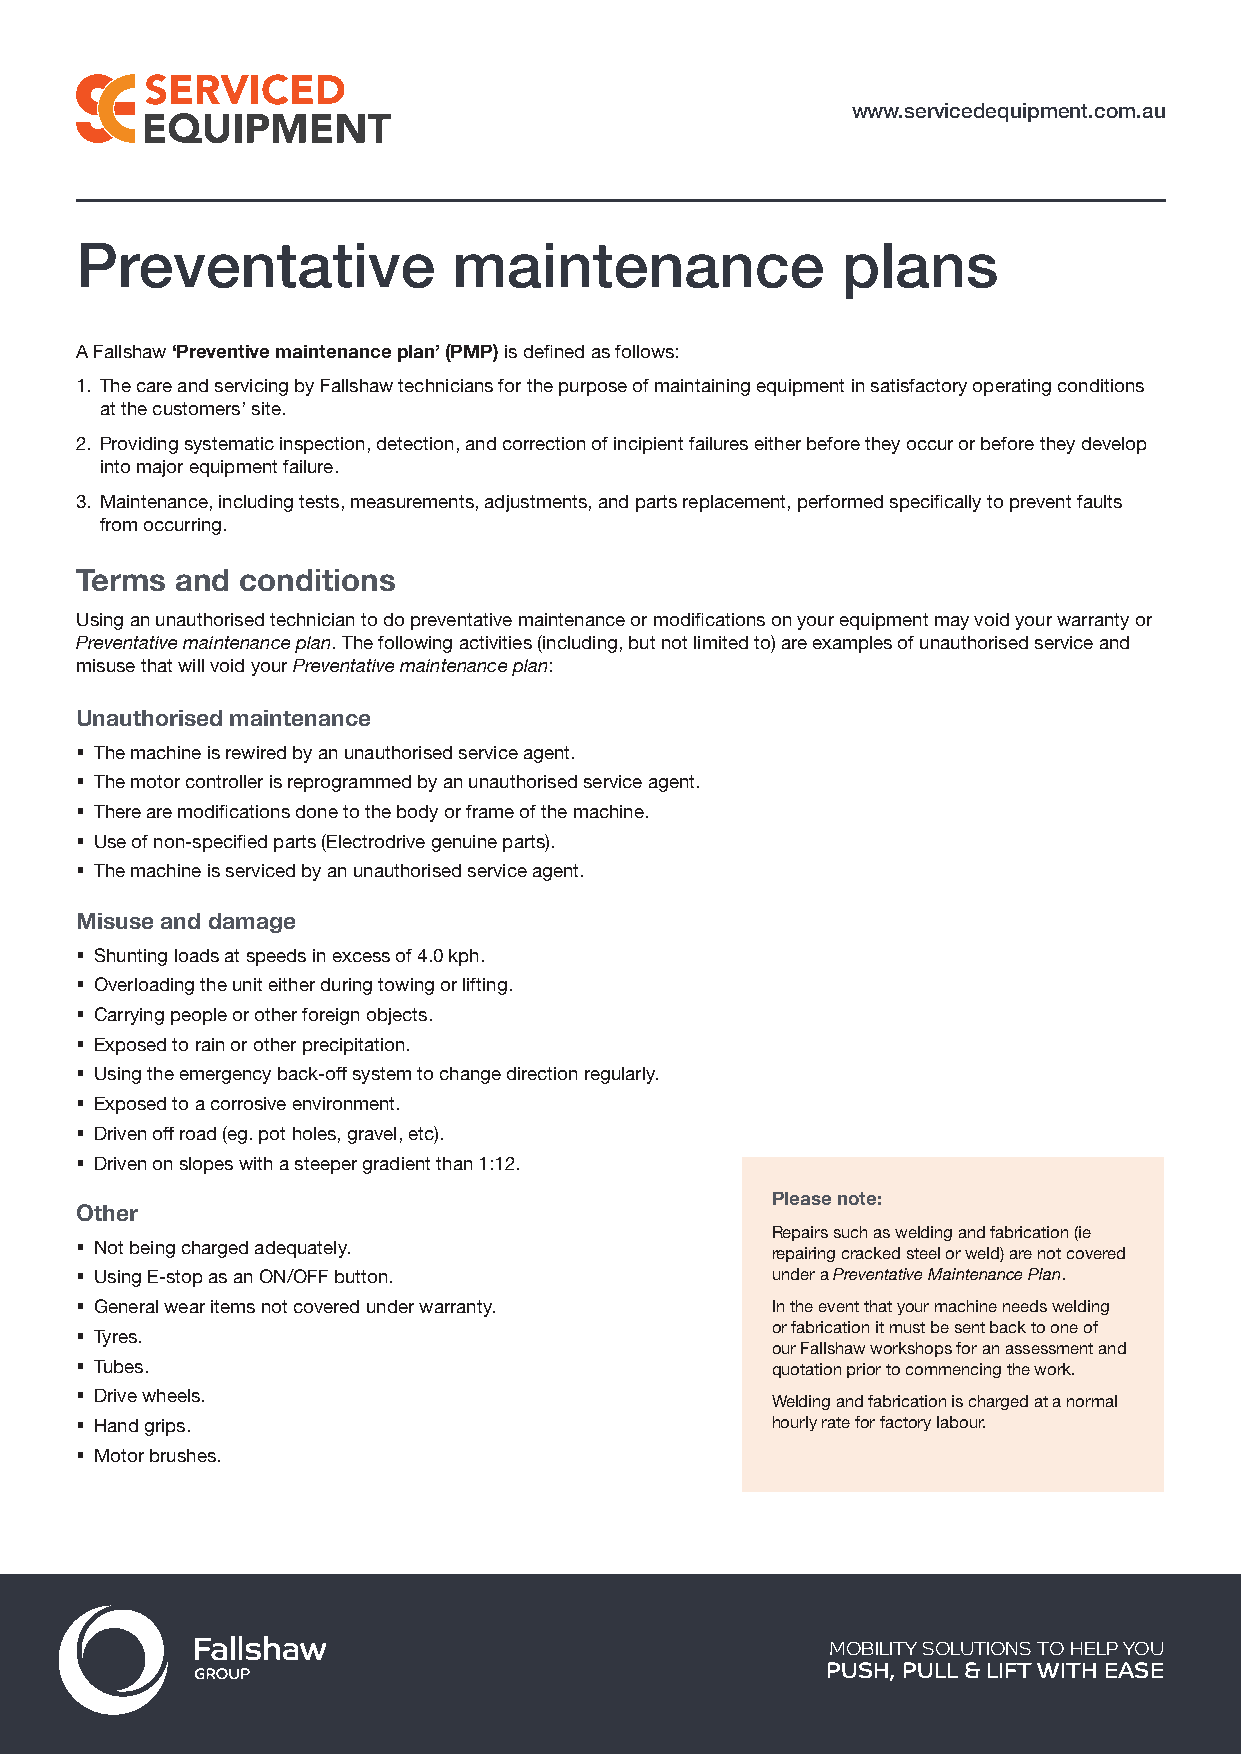
www.servicedequipment.com.au
 Preventative             maintenance               plans
 A Fallshaw ‘Preventive maintenance plan’ (PMP) is defined as follows:
 1. The care and servicing by Fallshaw technicians for the purpose of maintaining equipment in satisfactory operating conditions
 at the customers’ site.
 2. Providing systematic inspection, detection, and correction of incipient failures either before they occur or before they develop
 into major equipment failure.
 3. Maintenance, including tests, measurements, adjustments, and parts replacement, performed specifically to prevent faults
 from occurring.
 Terms  and conditions
 Using an unauthorised technician to do preventative maintenance or modifications on your equipment may void your warranty or
 Preventative maintenance plan. The following activities (including, but not limited to) are examples of unauthorised service and
 misuse that will void your Preventative maintenance plan:
 Unauthorised maintenance
 § The machine is rewired by an unauthorised service agent.
 § The motor controller is reprogrammed by an unauthorised service agent.
 § There are modifications done to the body or frame of the machine.
 § Use of non-specified parts (Electrodrive genuine parts).
 § The machine is serviced by an unauthorised service agent.
 Misuse and damage
 § Shunting loads at speeds in excess of 4.0 kph.
 § Overloading the unit either during towing or lifting.
 § Carrying people or other foreign objects.
 § Exposed to rain or other precipitation.
 § Using the emergency back-off system to change direction regularly.
 § Exposed to a corrosive environment.
 § Driven off road (eg. pot holes, gravel, etc).
 § Driven on slopes with a steeper gradient than 1:12.
 Please note:
 Other
 Repairs such as welding and fabrication (ie
 § Not being charged adequately.               repairing cracked steel or weld) are not covered
 § Using E-stop as an ON/OFF button.           under a Preventative Maintenance Plan.
 § General wear items not covered under warranty. In the event that your machine needs welding
 § Tyres.                                      or fabrication it must be sent back to one of
 our Fallshaw workshops for an assessment and
 § Tubes.                                      quotation prior to commencing the work.
 § Drive wheels.
 Welding and fabrication is charged at a normal
 § Hand grips.                                 hourly rate for factory labour.
 § Motor brushes.
 MOBILITY SOLUTIONS TO HELP YOU
 PUSH, PULL & LIFT WITH EASE